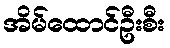
အိမ်ထောင်ဦးစီး